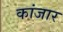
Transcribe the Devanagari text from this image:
कांजार